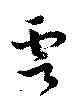
雲